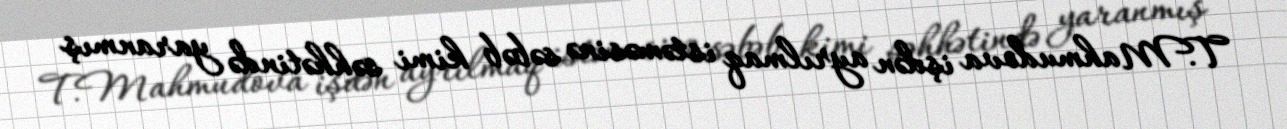
T.Mahmudova işdən ayrılmaq istəməsinə səbəb kimi səhhətində yaranmış